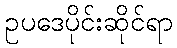
ဥပဒေပိုင်းဆိုင်ရာ